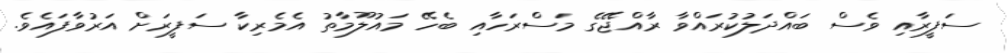
ސަފީރާއި ވެސް ބައްދަލުކުރައްވާ ރާއްޖޭގެ މަސްރަހާއި ބެހޭ މައުލޫމާތު އެމެރިކާ ސަފީރަށް އަރުވާފައެވެ.